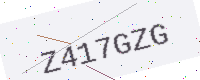
Text: Z417GZG